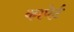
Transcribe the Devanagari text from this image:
कापेर्ट